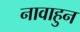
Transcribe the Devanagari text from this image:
नावाहुन